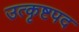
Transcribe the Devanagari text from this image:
उत्कृष्टपद